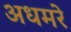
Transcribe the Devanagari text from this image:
अधमरे